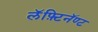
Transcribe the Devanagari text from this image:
लॅफ़्टिनॅण्ट